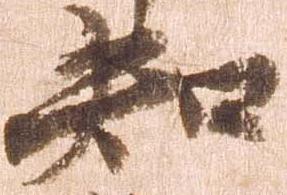
知